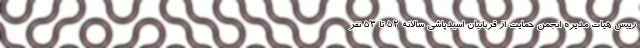
رییس هیات مدیره انجمن حمایت از قربانیان اسیدپاشی سالانه ۵۲ تا ۵۳ نفر